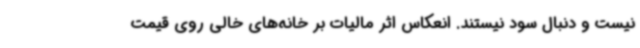
نیست و دنبال سود نیستند. انعکاس اثر مالیات بر خانه‌های خالی روی قیمت